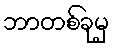
ဘာတစ်ခုမှ